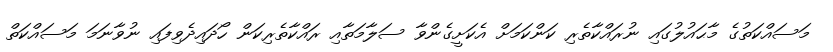
މަސައްކަތުގެ މާޙައުލުގައި ނުރައްކާތެރި ކަންކަމަށް އެކަށީގެންވާ ސަލާމަތާއި ރައްކާތެރިކަން ހޯދައިދެވިފައި ނުވާނަމަ މަސައްކަތް